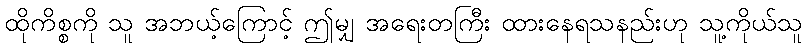
ထိုကိစ္စကို သူ အဘယ့်ကြောင့် ဤမျှ အရေးတကြီး ထားနေရသနည်းဟု သူ့ကိုယ်သူ